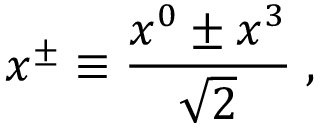
x ^ { \pm } \equiv { \frac { x ^ { 0 } \pm x ^ { 3 } } { \sqrt { 2 } } } \; ,